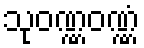
သုဝဏ္ဏဝဏ္ဏံ